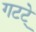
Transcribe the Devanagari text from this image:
गटटे्